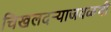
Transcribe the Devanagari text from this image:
चिखलदऱ्याजवळची